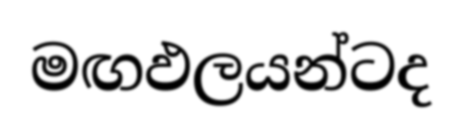
මඟඵලයන්ටද